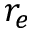
r _ { e }